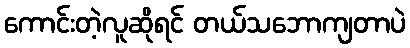
ကောင်းတဲ့လူဆိုရင် တယ်သဘောကျတာပဲ